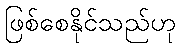
ဖြစ်စေနိုင်သည်ဟု